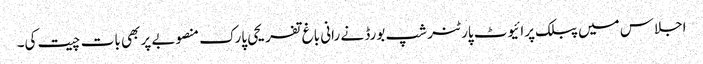
اجلاس میں پبلک پرائیوٹ پارٹنر شپ بورڈ نے رانی باغ تفریحی پارک منصوبے پر بھی بات چیت کی۔